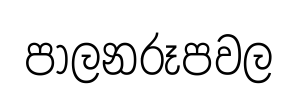
පාලනරූපවල